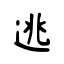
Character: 逃